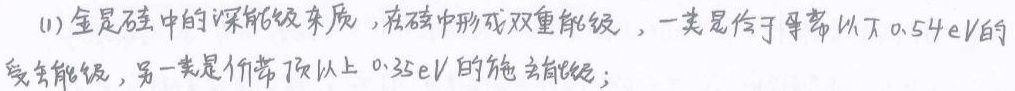
(1) 金是硅中的深能级杂质，在硅中形成双重能级，一类是位于导带以下\(0.54\text{eV}\)的受主能级，另一类是价带顶以上\(0.35\text{eV}\)的施主能级；